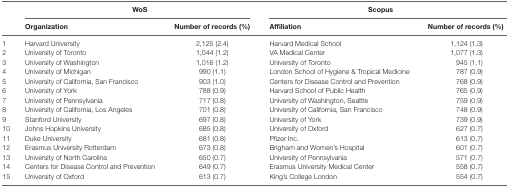
<table><thead><tr><td rowspan="2"></td><td colspan="2"><b>WoS</b></td><td colspan="2"><b>Scopus</b></td></tr><tr><td><b>Organization</b></td><td><b>Number of records (%)</b></td><td><b>Affiliation</b></td><td><b>Number of records (%)</b></td></tr></thead><tbody><tr><td>1</td><td>Harvard University</td><td>2,125 (2.4)</td><td>Harvard Medical School</td><td>1,124 (1.3)</td></tr><tr><td>2</td><td>University of Toronto</td><td>1,044 (1.2)</td><td>VA Medical Center</td><td>1,077 (1.3)</td></tr><tr><td>3</td><td>University of Washington</td><td>1,016 (1.2)</td><td>University of Toronto</td><td>945 (1.1)</td></tr><tr><td>4</td><td>University of Michigan</td><td>990 (1.1)</td><td>London School of Hygiene &amp; Tropical Medicine</td><td>787 (0.9)</td></tr><tr><td>5</td><td>University of California, San Francisco</td><td>903 (1.0)</td><td>Centers for Disease Control and Prevention</td><td>768 (0.9)</td></tr><tr><td>6</td><td>University of York</td><td>788 (0.9)</td><td>Harvard School of Public Health</td><td>765 (0.9)</td></tr><tr><td>7</td><td>University of Pennsylvania</td><td>717 (0.8)</td><td>University of Washington, Seattle</td><td>759 (0.9)</td></tr><tr><td>8</td><td>University of California, Los Angeles</td><td>701 (0.8)</td><td>University of California, San Francisco</td><td>748 (0.9)</td></tr><tr><td>9</td><td>Stanford University</td><td>697 (0.8)</td><td>University of York</td><td>739 (0.9)</td></tr><tr><td>10</td><td>Johns Hopkins University</td><td>685 (0.8)</td><td>University of Oxford</td><td>627 (0.7)</td></tr><tr><td>11</td><td>Duke University</td><td>681 (0.8)</td><td>Pfizer Inc.</td><td>613 (0.7)</td></tr><tr><td>12</td><td>Erasmus University Rotterdam</td><td>673 (0.8)</td><td>Brigham and Women’s Hospital</td><td>601 (0.7)</td></tr><tr><td>13</td><td>University of North Carolina</td><td>650 (0.7)</td><td>University of Pennsylvania</td><td>571 (0.7)</td></tr><tr><td>14</td><td>Centers for Disease Control and Prevention</td><td>649 (0.7)</td><td>Erasmus University Medical Center</td><td>558 (0.7)</td></tr><tr><td>15</td><td>University of Oxford</td><td>613 (0.7)</td><td>King’s College London</td><td>554 (0.7)</td></tr></tbody></table>